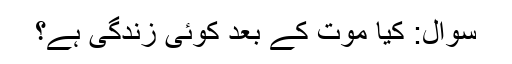
سوال: کیا موت کے بعد کوئی زندگی ہے؟